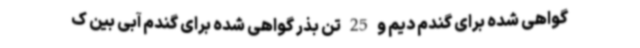
گواهی شده برای گندم دیم و 25 تن بذر گواهی شده برای گندم آبی بین ک